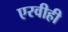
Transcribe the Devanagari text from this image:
एरवीही